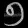
Digit: ၅